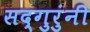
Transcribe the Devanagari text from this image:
सद्गुरुंनी